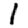
Digit: 1